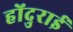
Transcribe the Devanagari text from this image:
होंदुराई